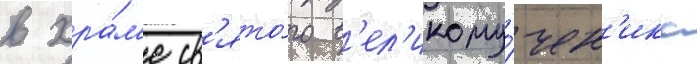
в хра́м'е св'ято́го в'ел'икому́чен'ика